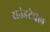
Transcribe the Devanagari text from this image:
राउंडटेबल